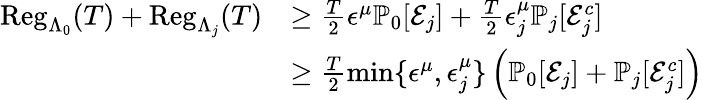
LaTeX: \begin{array}{rl}{\mathrm{Reg}_{\Lambda_{0}}(T)+\mathrm{Reg}_{\Lambda_{j}}(T)}&{\geq\frac{T}{2}\epsilon^{\mu}\mathbb{P}_{0}[\mathcal{E}_{j}]+\frac{T}{2}\epsilon_{j}^{\mu}\mathbb{P}_{j}[\mathcal{E}_{j}^{c}]}\\ &{\geq\frac{T}{2}\operatorname*{min}\{ \epsilon^{\mu},\epsilon_{j}^{\mu}\} \left(\mathbb{P}_{0}[\mathcal{E}_{j}]+\mathbb{P}_{j}[\mathcal{E}_{j}^{c}]\right)}\end{array}